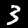
Digit: 3